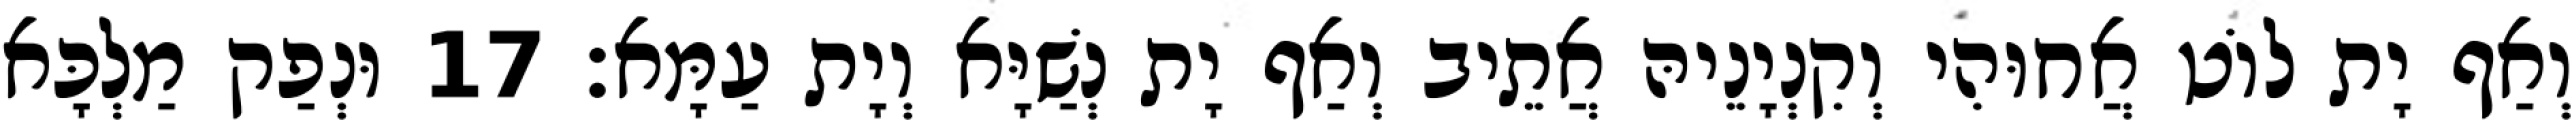
וְאַף יָת לוֹט אֲחוּהִי וְקִנְיָנֵיהּ אֲתֵיב וְאַף יָת נְשַׁיָּא וְיָת עַמָּא׃ 17 וּנְפַק מַלְכָּא